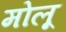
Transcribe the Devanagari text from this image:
मोलू